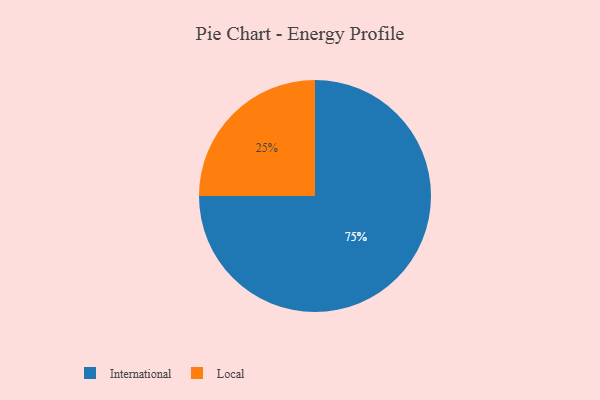
{"axis": {"x": "Category", "y": "Percentage"}, "legend": ["International", "Local"], "data": [{"x": "International", "y": 75, "type": "International"}, {"x": "Local", "y": 25, "type": "Local"}]}